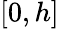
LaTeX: [0,h]